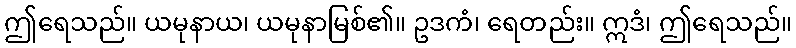
ဤရေသည်။ ယမုနာယ၊ ယမုနာမြစ်၏။ ဥဒကံ၊ ရေတည်း။ ဣဒံ၊ ဤရေသည်။